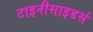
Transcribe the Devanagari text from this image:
टाइनीसाइडर्स